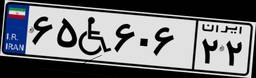
۶۵W۶۰۶۲۲